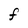
Character: F